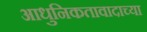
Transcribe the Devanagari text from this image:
आधुनिकतावादाच्या